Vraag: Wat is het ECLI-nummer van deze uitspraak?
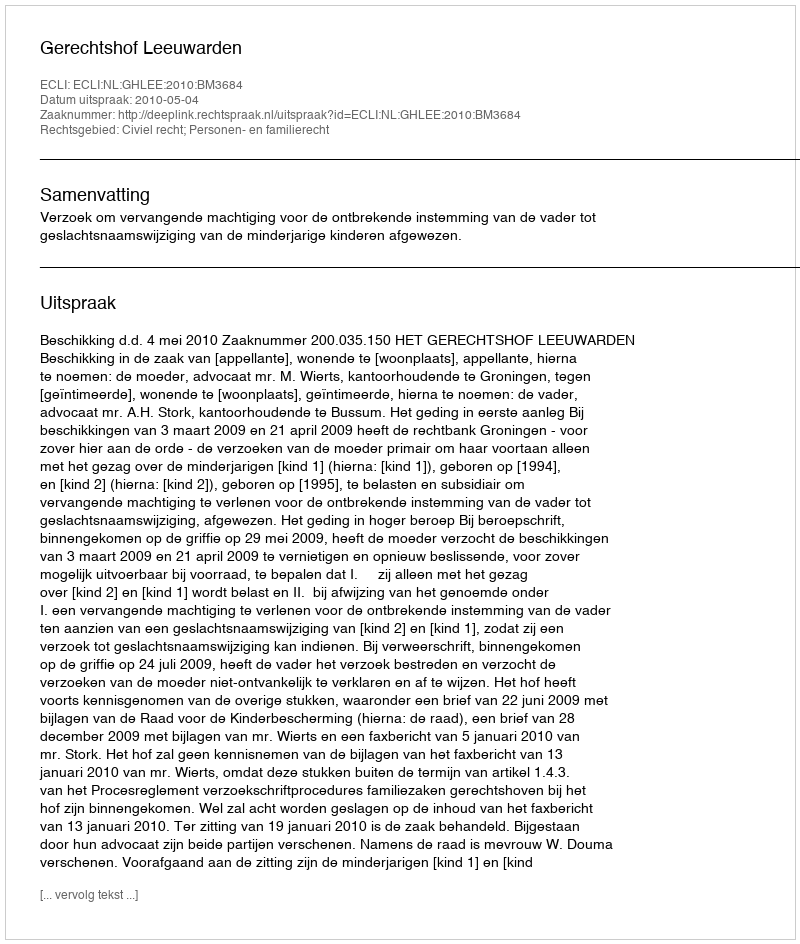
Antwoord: ECLI:NL:GHLEE:2010:BM3684